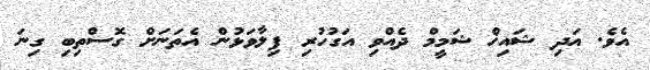
އެވެ. އަދި ޝައިޚް ޝަމީމް ދެއްވި އަގުހުރި ފިލާވަޅުން އެތަނަށް ގޮސްތިބި ގިނަ